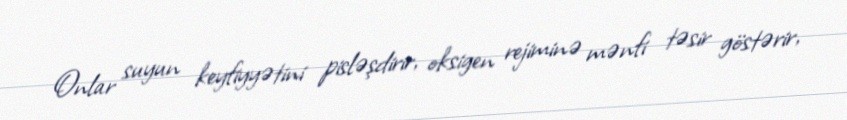
Onlar suyun keyfiyyətini pisləşdirir, oksigen rejiminə mənfi təsir göstərir,